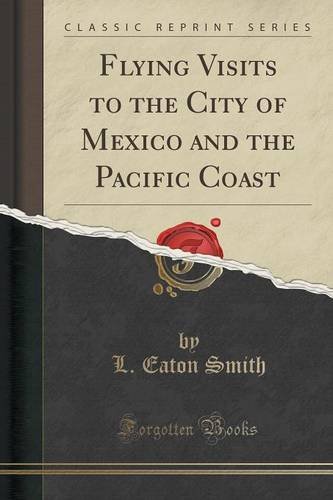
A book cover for Flying Visits to the City of Mexico and the Pacific Coast (Classic Reprint); L. Eaton Smith; Travel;